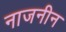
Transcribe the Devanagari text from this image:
नाजनीन